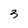
Character: 3